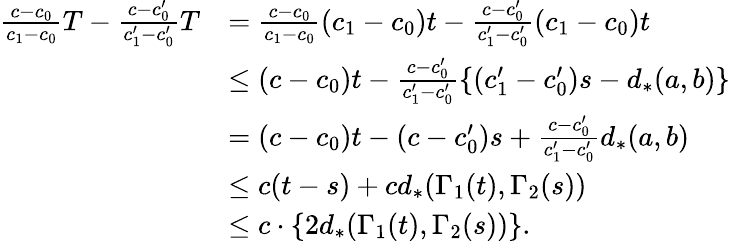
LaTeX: \begin{array}{rl}{\frac{c-c_{0}}{c_{1}-c_{0}}T-\frac{c-c_{0}^{\prime}}{c_{1}^{\prime}-c_{0}^{\prime}}T}&{=\frac{c-c_{0}}{c_{1}-c_{0}}(c_{1}-c_{0})t-\frac{c-c_{0}^{\prime}}{c_{1}^{\prime}-c_{0}^{\prime}}(c_{1}-c_{0})t}\\ &{\leq(c-c_{0})t-\frac{c-c_{0}^{\prime}}{c_{1}^{\prime}-c_{0}^{\prime}}\{ (c_{1}^{\prime}-c_{0}^{\prime})s-d_{*}(a,b)\} }\\ &{=(c-c_{0})t-(c-c_{0}^{\prime})s+\frac{c-c_{0}^{\prime}}{c_{1}^{\prime}-c_{0}^{\prime}}d_{*}(a,b)}\\ &{\leq c(t-s)+cd_{*}(\Gamma_{1}(t),\Gamma_{2}(s))}\\ &{\leq c\cdot\{ 2d_{*}(\Gamma_{1}(t),\Gamma_{2}(s))\} .}\end{array}